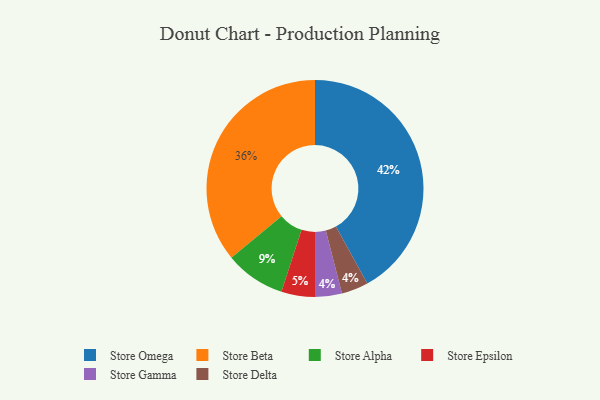
{"axis": {"x": "Category", "y": "Percentage"}, "legend": ["Store Alpha", "Store Beta", "Store Delta", "Store Epsilon", "Store Gamma", "Store Omega"], "data": [{"x": "Store Omega", "y": 42, "type": "Store Omega"}, {"x": "Store Gamma", "y": 4, "type": "Store Gamma"}, {"x": "Store Alpha", "y": 9, "type": "Store Alpha"}, {"x": "Store Beta", "y": 36, "type": "Store Beta"}, {"x": "Store Epsilon", "y": 5, "type": "Store Epsilon"}, {"x": "Store Delta", "y": 4, "type": "Store Delta"}]}